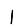
Digit: 1